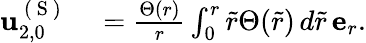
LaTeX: \begin{array}{rl}{\mathbf{u}_{2,0}^{\mathrm{~(~S~)~}}}&{{}=\frac{\Theta(r)}{r}\int_{0}^{r}\tilde{r}\Theta(\tilde{r})\, d\tilde{r}\, \mathbf{e}_{r}.}\end{array}